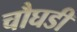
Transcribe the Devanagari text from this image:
चौघडी